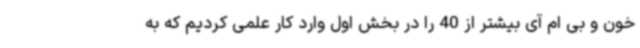
خون و بی ام آی بیشتر از 40 را در بخش اول وارد کار علمی کردیم که به